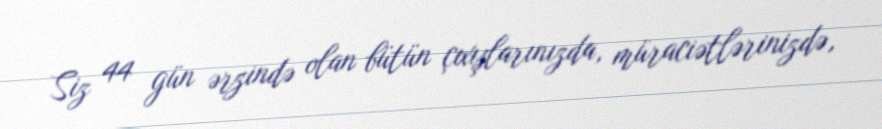
Siz 44 gün ərzində olan bütün çıxışlarınızda, müraciətlərinizdə,